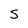
Character: S